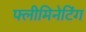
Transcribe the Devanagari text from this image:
फ्लीमिनेटिंग